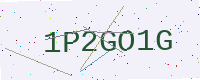
Text: 1P2GO1G